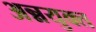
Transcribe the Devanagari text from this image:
अन्नयुक्त